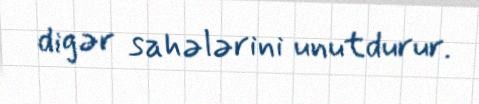
digər sahələrini unutdurur.